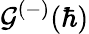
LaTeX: \mathcal{G}^{(-)}(\hbar)